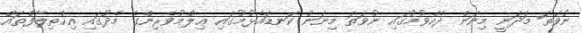
ނުވަތަ މަދަނީ މިނަން ދެއްވުމުގައި ނުވަތަ މިނަން ކަނޑައެޅުމުގައި ޢިލްމުވެރިންގެ މެދުގައި އިޚްތިލާފްތައް